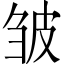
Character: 皱